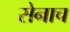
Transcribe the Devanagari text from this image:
सेनाच